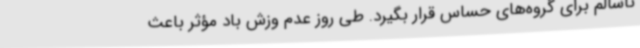
ناسالم برای گروه‌های حساس قرار بگیرد. طی روز عدم وزش باد مؤثر باعث